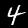
Label: 4